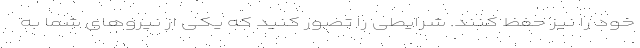
خود را نیز حفظ کنند. شرایطی را تصور کنید که یکی از نیروهای شما به